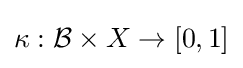
\kappa :{\mathcal {B}}\times X\to [0,1]